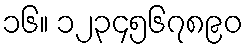
၁၆။ ၁၂၃၄၅၆၇၈၉၀